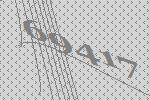
69417